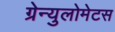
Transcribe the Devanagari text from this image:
ग्रेन्युलोमेटस